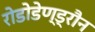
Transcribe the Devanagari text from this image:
रोडोडेण्ड्रौन